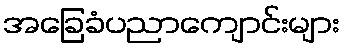
အခြေခံပညာကျောင်းများ